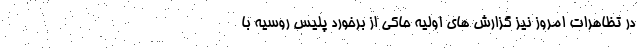
در تظاهرات امروز نیز گزارش های اولیه حاکی از برخورد پلیس روسیه با